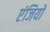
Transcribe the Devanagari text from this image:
एंजियो